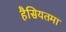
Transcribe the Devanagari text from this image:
हैसियतमा